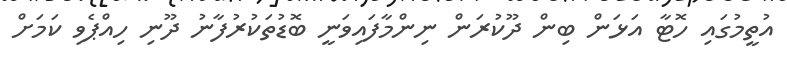
އުތީމުގައި ހޮޓާ އަޅަން ބިން ދޫކުރަން ނިންމާފައިވަނީ ބޮޑުތަކުރުފާނު ދޫނި ހިއްޕެވި ކަމަށް